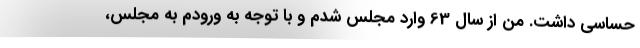
حساسی داشت. من از سال 63 وارد مجلس شدم و با توجه به ورودم به مجلس،